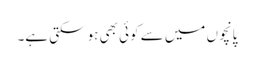
پانچوں میں سے کوئی بھی ہو سکتی ہے۔